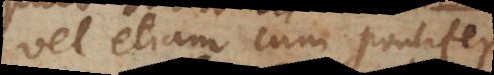
vel etiam cum pontifex